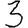
Digit: 3